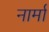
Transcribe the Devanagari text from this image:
नार्मा